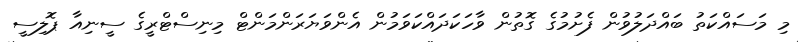
މި މަސައްކަތު ބައްދަލުވުން ފެށުމުގެ ގޮތުން ވާހަކަދައްކަވަމުން އެންވަޔަރަންމަންޓް މިނިސްޓްރީގެ ސީނިއާ ޕޮލިސީ